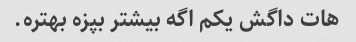
هات داگش یکم اگه بیشتر بپزه بهتره.